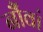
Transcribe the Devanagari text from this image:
नौंवां